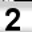
Digit: 2